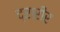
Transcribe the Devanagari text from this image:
द्रारीर